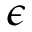
\epsilon